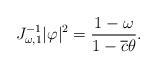
LaTeX: \begin{align*}J_{\omega,1}^{-1}|\varphi|^2=\frac{1-\omega}{1-\overline c\theta}.\end{align*}